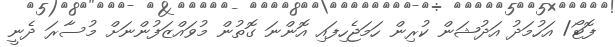
ފޮޓޯ/ އަހުމަދު އަދުޝަން ކުރިން ހަމަޖެހިފައި އޮންނަ ގޮތުން މުވައްޒަފުންނަށް މުސާރަ ދެނީ